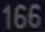
166